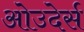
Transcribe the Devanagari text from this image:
ओउदेर्स